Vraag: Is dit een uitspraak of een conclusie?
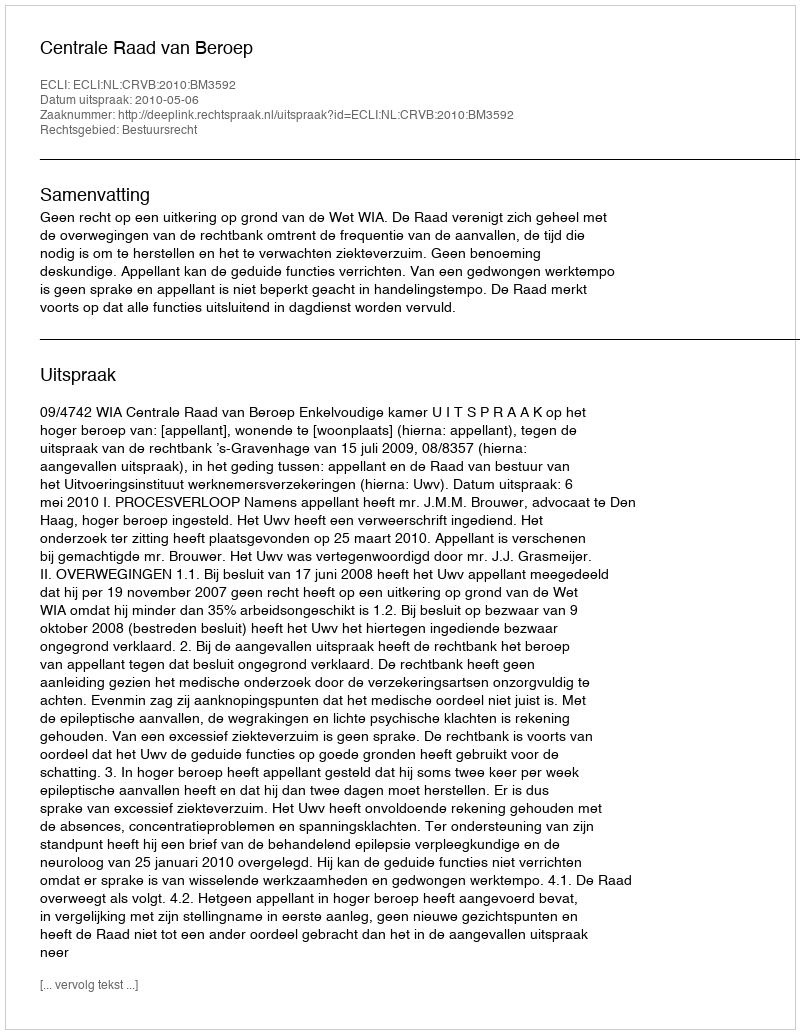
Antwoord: Uitspraak